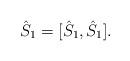
LaTeX: \begin{align*}\hat S_1=[\hat S_1, \hat S_1].\end{align*}